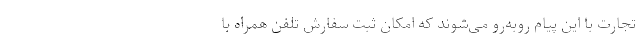
تجارت با این پیام روبه‌رو می‌شوند که امکان ثبت سفارش تلفن همراه با